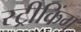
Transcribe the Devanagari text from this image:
स्ट्रीकिंग